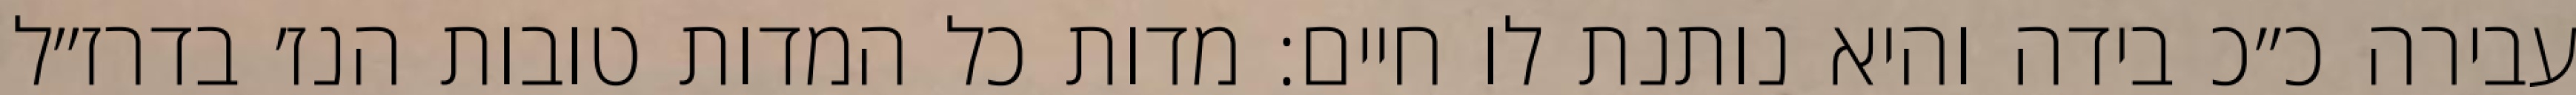
עבירה כ״כ בידה והיא נותנת לו חיים: מדות כל המדות טובות הנז׳ בדרז״ל